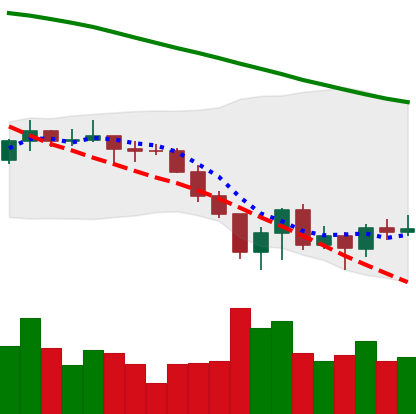
Ticker: XLM-USD
Chart end date: 2022-06-21
Forward return: 5.317%
Label: up_5_7